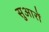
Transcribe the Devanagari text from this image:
सुआरों